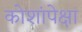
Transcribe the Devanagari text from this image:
कोशांपेक्षा